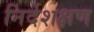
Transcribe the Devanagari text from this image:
निर्देशक्षण